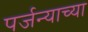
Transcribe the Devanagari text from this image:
पर्जन्याच्या